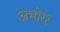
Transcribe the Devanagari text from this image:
अभोरर